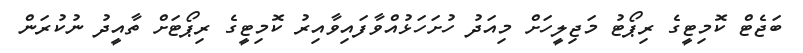
ބަޖެޓް ކޮމިޓީގެ ރިޕޯޓު މަޖިލީހަށް މިއަދު ހުށަހަޅުއްވާފައިވާއިރު ކޮމިޓީގެ ރިޕޯޓަށް ތާއީދު ނުކުރަން